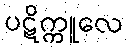
ပဋိက္ကူလေ